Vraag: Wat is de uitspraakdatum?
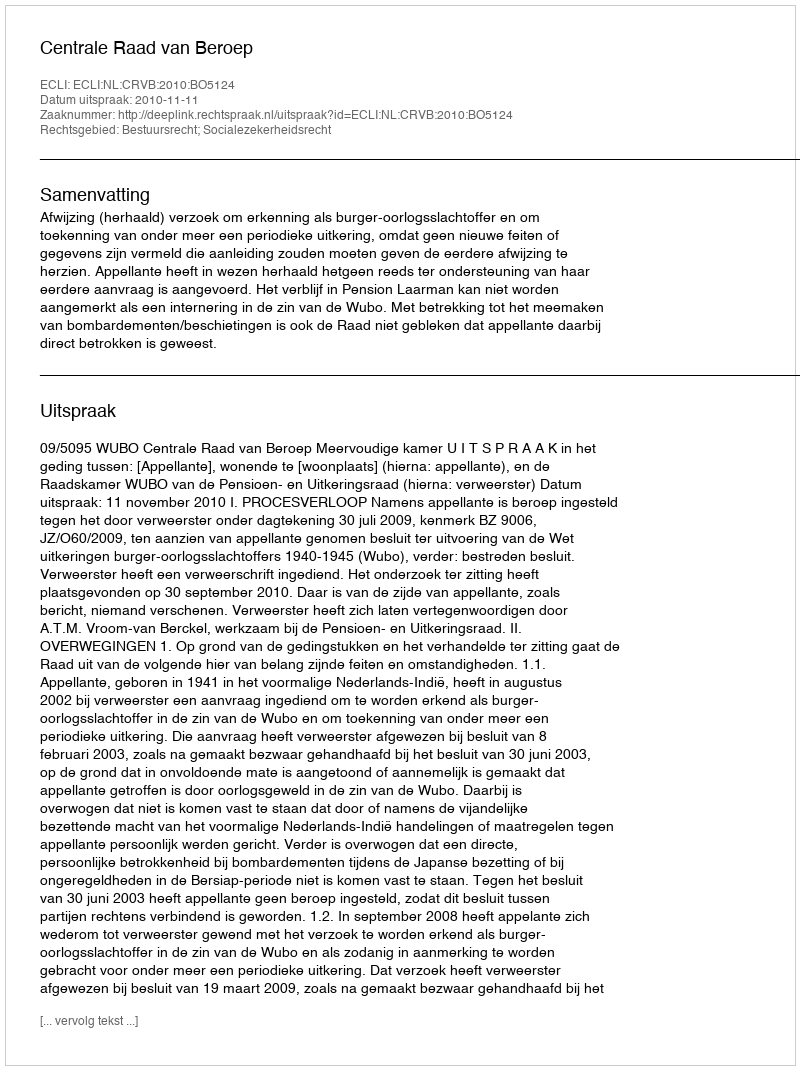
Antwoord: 2010-11-11